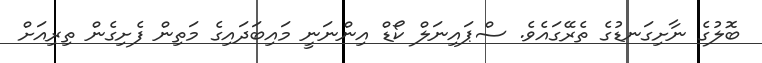
ބޮލުގެ ނާށިގަނޑުގެ ތެރޭގައެވެ. ސްޕައިނަލް ކޯޑް އިންނަނީ މައިބަދައިގެ މަތިން ފެށިގެން ތިރިއަށް